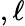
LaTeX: ,\ell